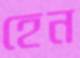
হেন